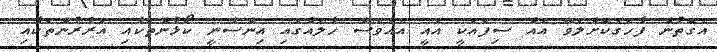
އެގޮތުން ފާހަގަކޮށްލެވޭ އެއް ސިފައަކީ އެއީ އެއްވެސް ހާލެއްގައި އިންސާނީ ކޯޅުންތަކާއި އަރާރުންތަކާއި